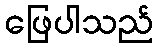
ဖြေပါသည်